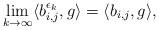
LaTeX: \begin{align*}\lim_{k\rightarrow\infty}\langle b_{i,j}^{\epsilon_k},g\rangle=\langle b_{i,j},g\rangle,\end{align*}